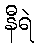
နီရဲ